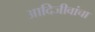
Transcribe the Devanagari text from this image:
आदिजीवांचा